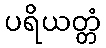
ပရိယတ္တံ